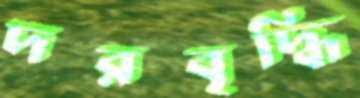
দরবৃদ্ধি